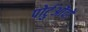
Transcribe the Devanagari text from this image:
पोर्टुओंदो